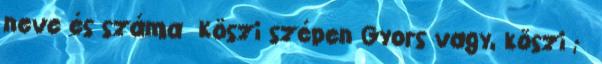
neve és száma Köszi szépen Gyors vagy, köszi ;